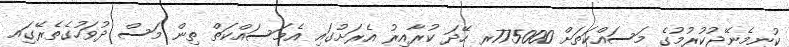
ކުނިމެނޭޖުކުރުމުގެ މަސައްކަތަށް 775000ރ ހޭދަ ކުރާއިރު އެރަށުގައި އެމަސައްކަތް ތިން މަސް ދުވަހުގެތެރޭގަިއ